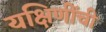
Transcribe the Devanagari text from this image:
यक्षिणींची